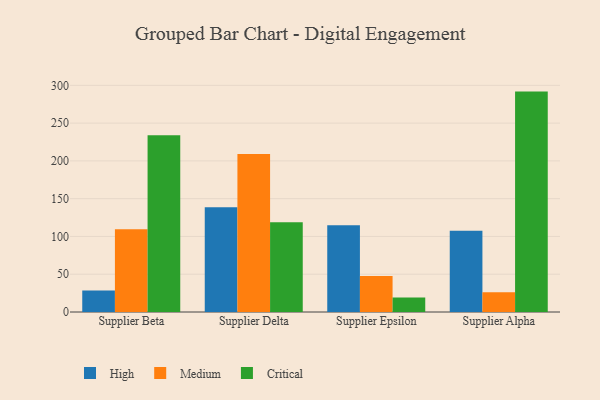
{"axis": {"x": "Supplier", "y": "Satisfaction Score"}, "legend": ["Critical", "High", "Medium"], "data": [{"x": "Supplier Beta", "y": 28.6, "type": "High"}, {"x": "Supplier Beta", "y": 109.6, "type": "Medium"}, {"x": "Supplier Beta", "y": 233.8, "type": "Critical"}, {"x": "Supplier Delta", "y": 138.6, "type": "High"}, {"x": "Supplier Delta", "y": 209.0, "type": "Medium"}, {"x": "Supplier Delta", "y": 118.9, "type": "Critical"}, {"x": "Supplier Epsilon", "y": 114.8, "type": "High"}, {"x": "Supplier Epsilon", "y": 47.7, "type": "Medium"}, {"x": "Supplier Epsilon", "y": 19.2, "type": "Critical"}, {"x": "Supplier Alpha", "y": 107.7, "type": "High"}, {"x": "Supplier Alpha", "y": 26.2, "type": "Medium"}, {"x": "Supplier Alpha", "y": 291.7, "type": "Critical"}]}